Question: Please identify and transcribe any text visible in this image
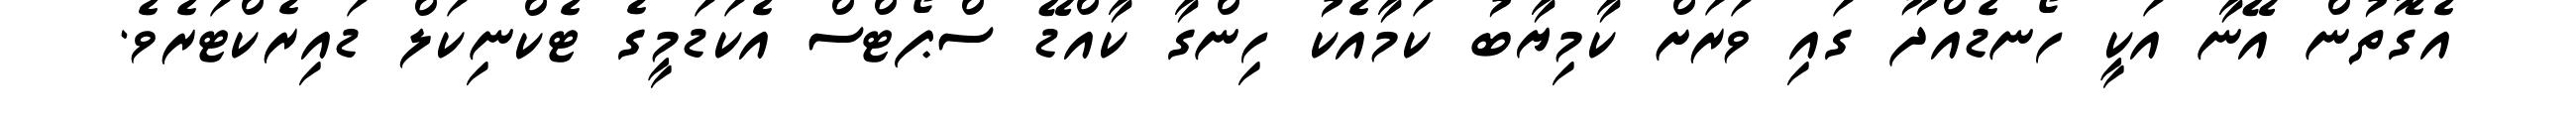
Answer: އެގޮތުން އޭނާ އަކީ ހޯނޑެއްދޫ ގައި ވަރަށް ކާމިޔާބު ކަމާއެކު ހިންގާ ކާއްޑޭ ސްޕޯޓްސް އެކަޑަމީގެ ޓެކްނިކަލް ޑައިރެކްޓަރެވެ.